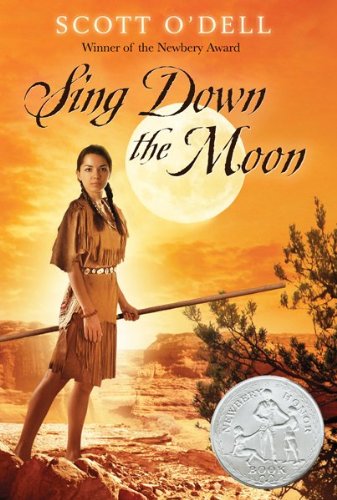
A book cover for Sing Down the Moon; Scott O'Dell; Children's Books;